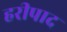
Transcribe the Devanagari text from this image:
हरीपाद